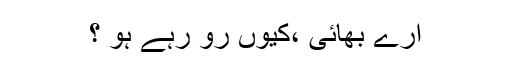
ارے بھائی ،کیوں رو رہے ہو ؟